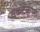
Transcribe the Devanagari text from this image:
वेंकटकृष्ण